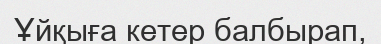
Ұйқыға кетер балбырап,